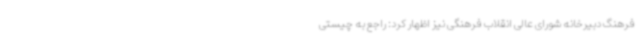
فرهنگ دبیرخانه شورای عالی انقلاب فرهنگی نیز اظهار کرد: راجع به چیستی